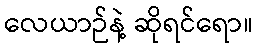
လေယာဉ်နဲ့ ဆိုရင်ရော။